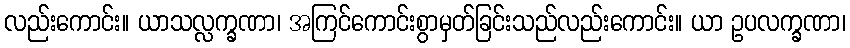
လည်းကောင်း။ ယာသလ္လက္ခဏာ၊ အကြင်ကောင်းစွာမှတ်ခြင်းသည်လည်းကောင်း။ ယာ ဥပလက္ခဏာ၊